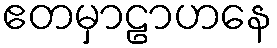
ဧတမှာဠာဟနေ